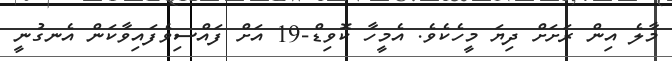
މާލެ އިން ރަށަށް ދިޔަ މީހެކެވެ. އެމީހާ ކޮވިޑް-19 އަށް ފައްސިވެފައިވާކަން އެނގުނީ